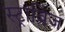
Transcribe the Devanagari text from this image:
स्ट्राब्रिज